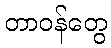
တာဝန်တွေ